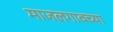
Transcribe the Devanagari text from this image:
माजलगावच्या